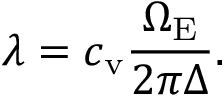
\lambda = c _ { \mathrm { v } } \frac { \Omega _ { \mathrm { E } } } { 2 \pi \Delta } .